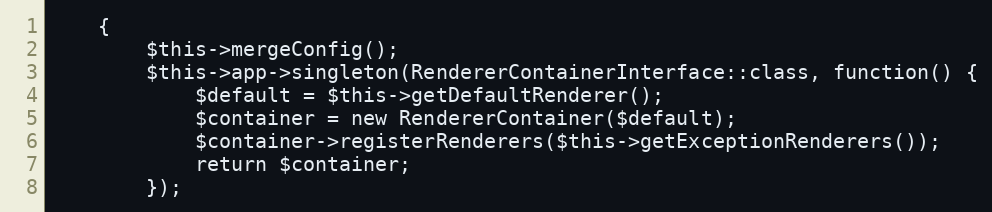
Language: PHP
    {
        $this->mergeConfig();
        $this->app->singleton(RendererContainerInterface::class, function() {
            $default = $this->getDefaultRenderer();
            $container = new RendererContainer($default);
            $container->registerRenderers($this->getExceptionRenderers());
            return $container;
        });